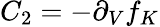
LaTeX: C_{2}=-\partial_{V}f_{K}